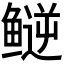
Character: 𬶪